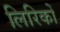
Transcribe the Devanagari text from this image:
लिरिकों